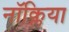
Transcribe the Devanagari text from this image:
नॉक्लिया